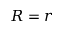
R = r